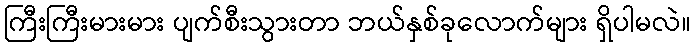
ကြီးကြီးမားမား ပျက်စီးသွားတာ ဘယ်နှစ်ခုလောက်များ ရှိပါမလဲ။